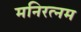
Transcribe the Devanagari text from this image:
मनिरत्नम